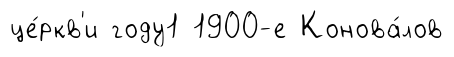
це́ркв'и году1 1900-е Конова́лов